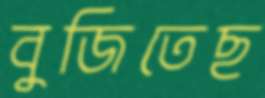
বুজিতেছ